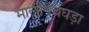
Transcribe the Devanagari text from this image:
मालीपंचघड़ा